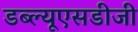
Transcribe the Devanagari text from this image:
डब्ल्यूएसडीजी